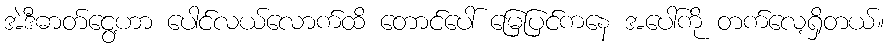
အဲဒီဓာတ်ငွေ့ဟာ ပေါင်လယ်လောက်ထိ တောင်ပေါ် မြေပြင်ကနေ အပေါ်ကို တက်လေ့ရှိတယ်။